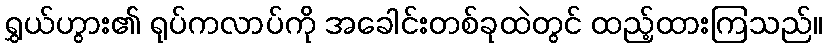
ရွှယ်ဟွား၏ ရုပ်ကလာပ်ကို အခေါင်းတစ်ခုထဲတွင် ထည့်ထားကြသည်။